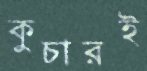
কুচারই